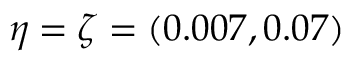
\eta = \zeta = ( 0 . 0 0 7 , 0 . 0 7 )